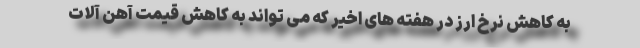
به کاهش نرخ ارز در هفته های اخیر که می تواند به کاهش قیمت آهن آلات